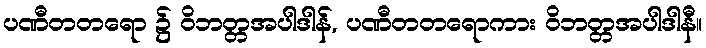
ပဏီတတရော ၌ ဝိဘတ္တအပါဒါန်, ပဏီတတရောကား ဝိဘတ္တအပါဒါနီ။